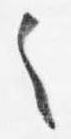
之